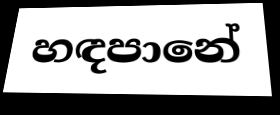
හඳපානේ